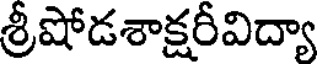
శ్రీషోడశాక్షరీవిద్యా